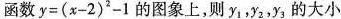
函数y=(x-2)^2-1的图象上，则y_{1},y_{2},y_{3}的大小